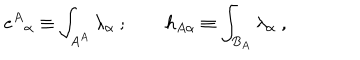
{ e ^ { A } } _ { \alpha } \equiv \int _ { A ^ { A } } \lambda _ { \alpha } \ ; \qquad h _ { A \alpha } \equiv \int _ { B _ { A } } \lambda _ { \alpha } \ ,